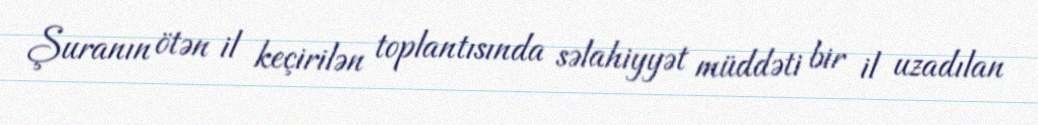
Şuranın ötən il keçirilən toplantısında səlahiyyət müddəti bir il uzadılan